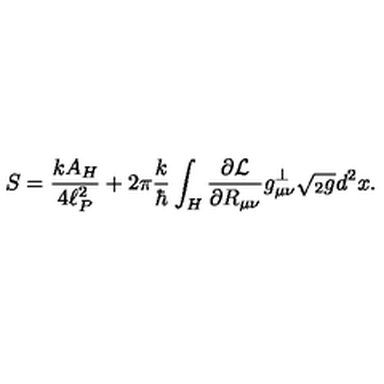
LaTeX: S = { \frac { k A _ { H } } { 4 \ell _ { P } ^ { 2 } } } + 2 \pi { \frac { k } { \hbar } } \int _ { H } { \frac { \partial { \cal L } } { \partial R _ { \mu \nu } } } g _ { \mu \nu } ^ { \perp } \sqrt { { } _ { 2 } g } d ^ { 2 } x .